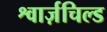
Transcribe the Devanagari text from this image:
श्वार्ज़चिल्ड